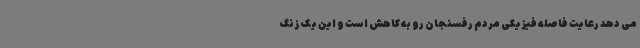
می دهد رعایت فاصله فیزیکی مردم رفسنجان رو به کاهش است و این یک زنگ